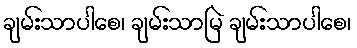
ချမ်းသာပါစေ၊ ချမ်းသာမြဲ ချမ်းသာပါစေ၊